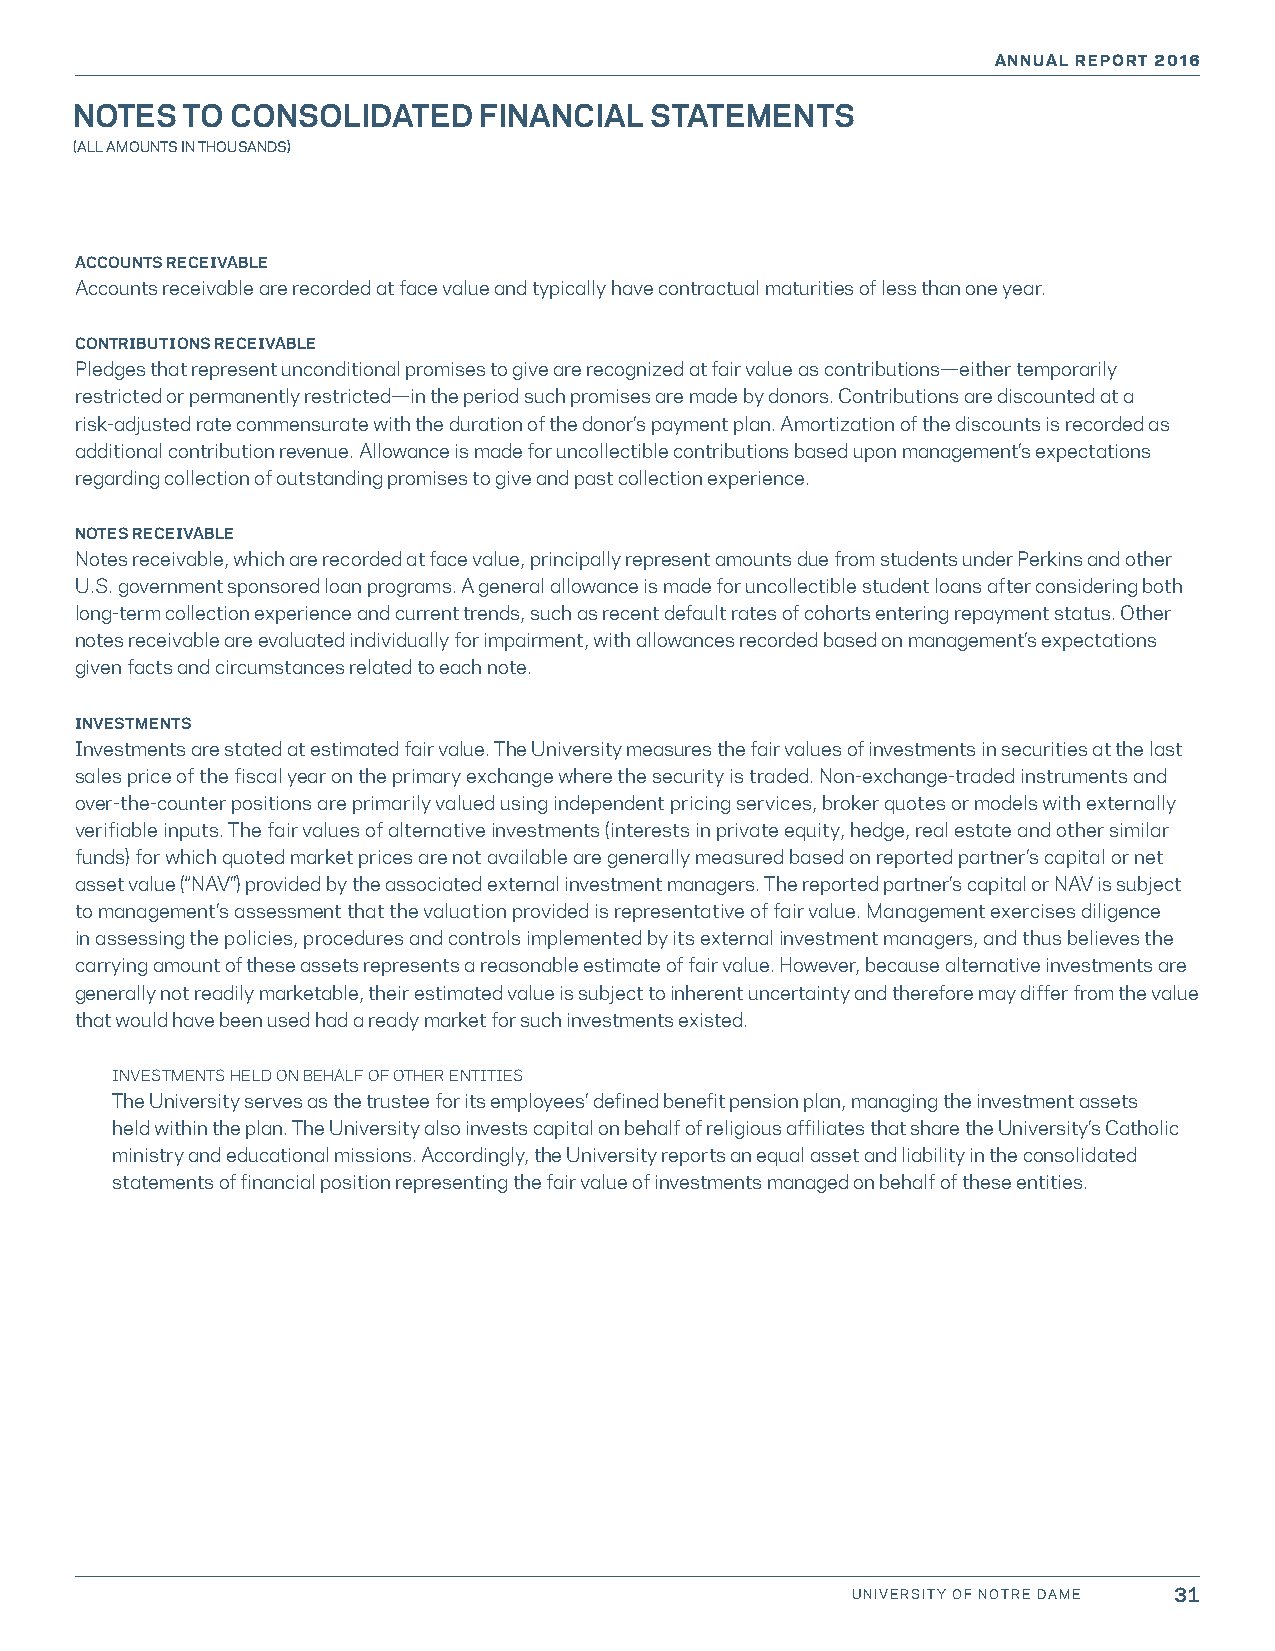
ANNUAL REPORT 2016
 NOTES  TO CONSOLIDATED     FINANCIAL  STATEMENTS
 (ALL AMOUNTS IN THOUSANDS)
 ACCOUNTS RECEIVABLE
 Accounts receivable are recorded at face value and typically have contractual maturities of less than one year.
 CONTRIBUTIONS RECEIVABLE
 Pledges that represent unconditional promises to give are recognized at fair value as contributions—either temporarily
 restricted or permanently restricted—in the period such promises are made by donors. Contributions are discounted at a
 risk-adjusted rate commensurate with the duration of the donor’s payment plan. Amortization of the discounts is recorded as
 additional contribution revenue. Allowance is made for uncollectible contributions based upon management’s expectations
 regarding collection of outstanding promises to give and past collection experience.
 NOTES RECEIVABLE
 Notes receivable, which are recorded at face value, principally represent amounts due from students under Perkins and other
 U.S. government sponsored loan programs. A general allowance is made for uncollectible student loans after considering both
 long-term collection experience and current trends, such as recent default rates of cohorts entering repayment status. Other
 notes receivable are evaluated individually for impairment, with allowances recorded based on management’s expectations
 given facts and circumstances related to each note.
 INVESTMENTS
 Investments are stated at estimated fair value. The University measures the fair values of investments in securities at the last
 sales price of the fiscal year on the primary exchange where the security is traded. Non-exchange-traded instruments and
 over-the-counter positions are primarily valued using independent pricing services, broker quotes or models with externally
 verifiable inputs. The fair values of alternative investments (interests in private equity, hedge, real estate and other similar
 funds) for which quoted market prices are not available are generally measured based on reported partner’s capital or net
 asset value (“NAV”) provided by the associated external investment managers. The reported partner’s capital or NAV is subject
 to management’s assessment that the valuation provided is representative of fair value. Management exercises diligence
 in assessing the policies, procedures and controls implemented by its external investment managers, and thus believes the
 carrying amount of these assets represents a reasonable estimate of fair value. However, because alternative investments are
 generally not readily marketable, their estimated value is subject to inherent uncertainty and therefore may differ from the value
 that would have been used had a ready market for such investments existed.
 INVESTMENTS HELD ON BEHALF OF OTHER ENTITIES
 The University serves as the trustee for its employees’ defined benefit pension plan, managing the investment assets
 held within the plan. The University also invests capital on behalf of religious affiliates that share the University’s Catholic
 ministry and educational missions. Accordingly, the University reports an equal asset and liability in the consolidated
 statements of financial position representing the fair value of investments managed on behalf of these entities.
 UNIVERSITY OF NOTRE DAME 31